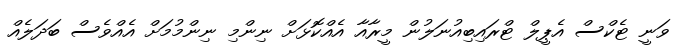
ވަނީ ޓެކްސް އެޕީލް ޓްރައިބިއުނަލުން މީރާއާ އެއްކޮޅަށް ނިންމި ނިންމުމަށް އެއްވެސް ބަދަލެއް